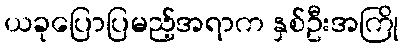
ယခုပြောပြမည့်အရာက နှစ်ဦးအကြို